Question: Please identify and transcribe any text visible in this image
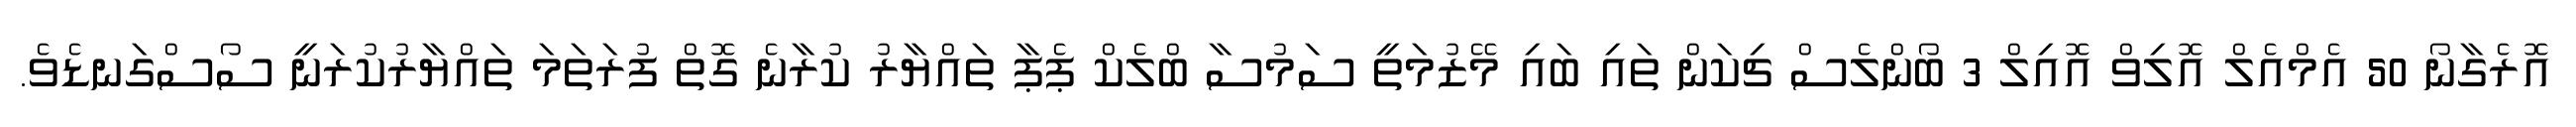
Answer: އޮރެގާނޯ 50 އެމްއެލް އޮލިވް އޮއިލް 3 ބޯންލެސް ޗިކަން ތައި ބައި މޭޒުމަތީ ސަމުސާ ބްލެކް ޕެޕާ ތައްޔާރު ކުރާނެ ގޮތް ފުރަތަމަ ތައްޔާރުކުރަނީ ސޯސްގަނޑެވެ.